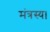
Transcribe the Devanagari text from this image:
मंत्रस्य।